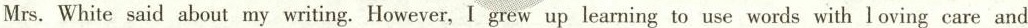
Mrs. White said about my writing. However, I grew up learning to use words with loving care and